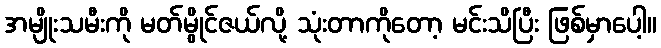
အမျိုးသမီးကို မတ်မွိုင်ဇယ်လို့ သုံးတာကိုတော့ မင်းသိပြီး ဖြစ်မှာပေါ့။